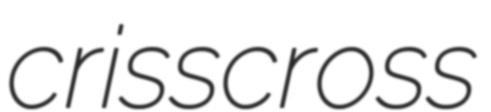
crisscross